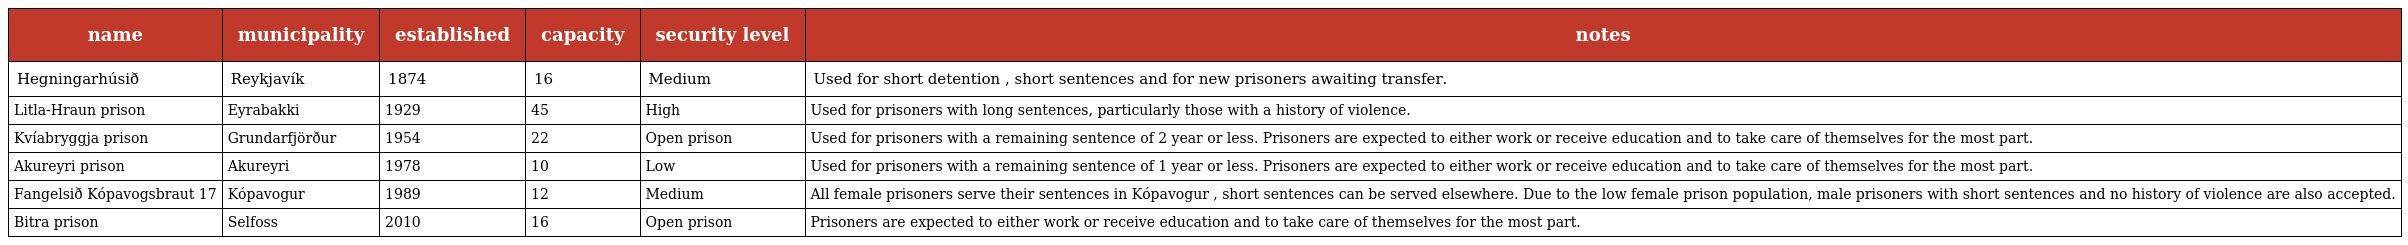
| name | municipality | established | capacity | security level | notes |
 | --- | --- | --- | --- | --- | --- |
 | Hegningarhúsið | Reykjavík | 1874 | 16 | Medium | Used for short detention , short sentences and for new prisoners awaiting transfer. |
 | Litla-Hraun prison | Eyrabakki | 1929 | 45 | High | Used for prisoners with long sentences, particularly those with a history of violence. |
 | Kvíabryggja prison | Grundarfjörður | 1954 | 22 | Open prison | Used for prisoners with a remaining sentence of 2 year or less. Prisoners are expected to either work or receive education and to take care of themselves for the most part. |
 | Akureyri prison | Akureyri | 1978 | 10 | Low | Used for prisoners with a remaining sentence of 1 year or less. Prisoners are expected to either work or receive education and to take care of themselves for the most part. |
 | Fangelsið Kópavogsbraut 17 | Kópavogur | 1989 | 12 | Medium | All female prisoners serve their sentences in Kópavogur , short sentences can be served elsewhere. Due to the low female prison population, male prisoners with short sentences and no history of violence are also accepted. |
 | Bitra prison | Selfoss | 2010 | 16 | Open prison | Prisoners are expected to either work or receive education and to take care of themselves for the most part. |